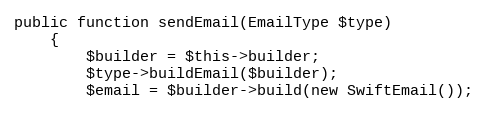
Language: PHP
public function sendEmail(EmailType $type)
    {
        $builder = $this->builder;
        $type->buildEmail($builder);
        $email = $builder->build(new SwiftEmail());